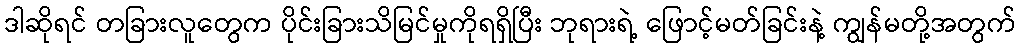
ဒါဆိုရင် တခြားလူတွေက ပိုင်းခြားသိမြင်မှုကိုရရှိပြီး ဘုရားရဲ့ ဖြောင့်မတ်ခြင်းနဲ့ ကျွန်မတို့အတွက်